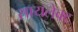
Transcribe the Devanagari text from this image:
सायलेक्ट